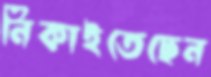
নিকাইতেছেন